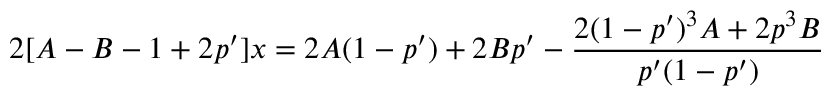
2 [ A - B - 1 + 2 p ^ { \prime } ] x = 2 A ( 1 - p ^ { \prime } ) + 2 B p ^ { \prime } - \frac { 2 ( 1 - p ^ { \prime } ) ^ { 3 } A + 2 p ^ { 3 } B } { p ^ { \prime } ( 1 - p ^ { \prime } ) }